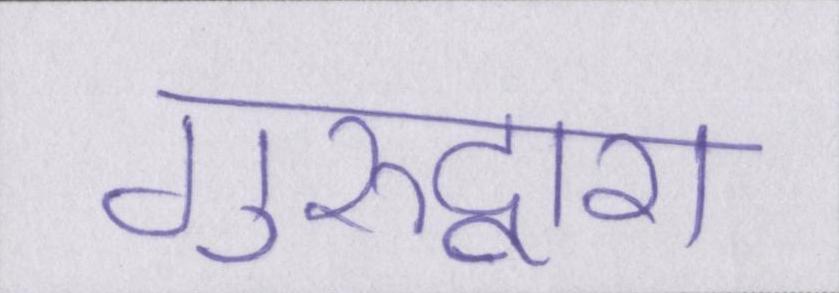
गुरुद्वारा